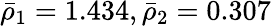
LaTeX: \bar{\rho}_{1}=1.434,\bar{\rho}_{2}=0.307